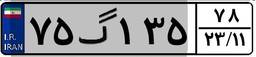
۷۵گ۱۳۵۷۸